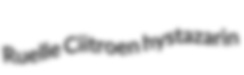
Ruelle Ciitroen hystazarin